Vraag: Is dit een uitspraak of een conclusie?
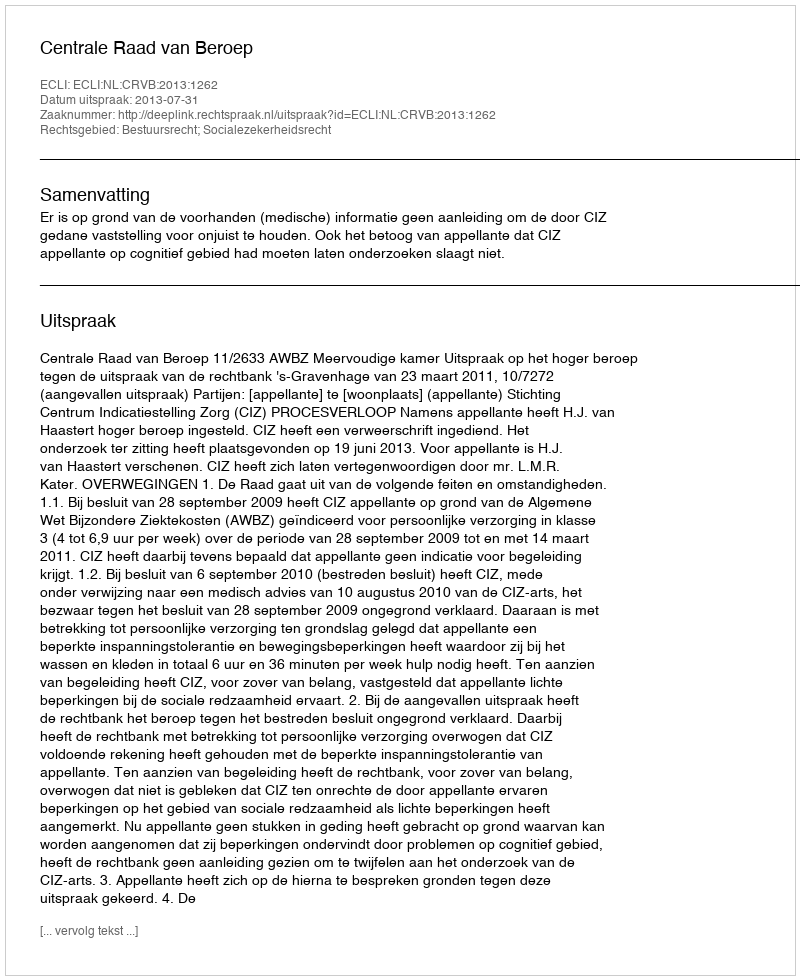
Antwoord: Uitspraak